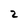
Character: 2